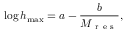
\log h _ { \operatorname* { m a x } } = a - \frac { b } { M _ { \mathrm { ~ r ~ e ~ s ~ } } } ,